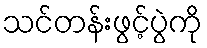
သင်တန်းဖွင့်ပွဲကို